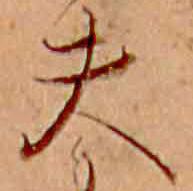
夫